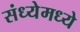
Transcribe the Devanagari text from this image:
संध्येमध्ये